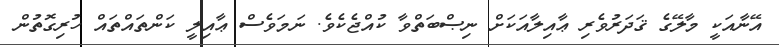
އޭނާއަކީ މާލޭގެ ޤަދަރުވެރި ޢާއިލާއަކަށް ނިޞްބަތްވާ ކުއްޖެކެވެ. ނަމަވެސް ޢާއިލީީ ކަންތައްތައް ހުރިގޮތުން